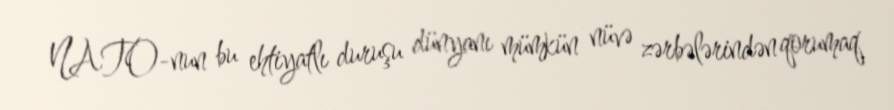
NATO-nun bu ehtiyatlı duruşu dünyanı mümkün nüvə zərbələrindən qorumaq